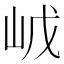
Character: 𡶙